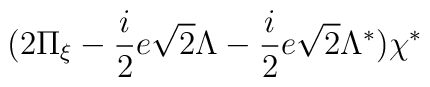
(2\Pi _{\xi }-\frac{i}{2}e\sqrt{2}\Lambda -\frac{i}{2}e\sqrt{2}\Lambda^{*})\chi ^{*}